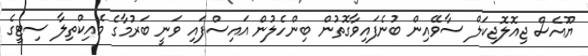
ޔޫއެސް ޖިއޮލޮޖިކަލް ސާވޭއިން ބުނެފައިވާގޮތުން ބިންހެލުން އައިސްފައި ވަނީ ބަރުމާގެ މެއިކްތިލާ ސިޓީގެ